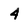
Character: 4